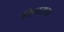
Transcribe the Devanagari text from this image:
किनटायर